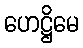
ဟေဋ္ဌိမေ